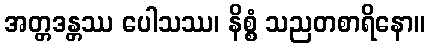
အတ္တဒန္တဿ ပေါသဿ၊ နိစ္စံ သညတစာရိနော။